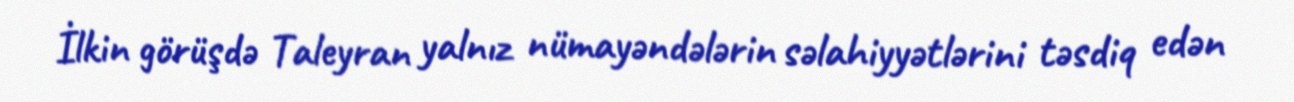
İlkin görüşdə Taleyran yalnız nümayəndələrin səlahiyyətlərini təsdiq edən